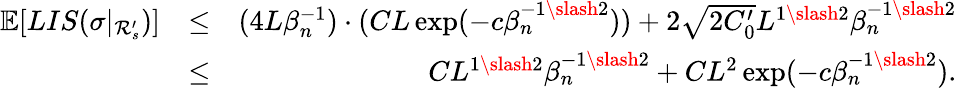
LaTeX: \begin{array}{rlr}{\mathbb{E}[LIS(\sigma|_{\mathcal{R}_{s}^{\prime}})]}&{\leq}&{(4L\beta_{n}^{-1})\cdot(CL\exp(-c\beta_{n}^{-1\slash 2}))+2\sqrt{2C_{0}^{\prime}}L^{1\slash 2}\beta_{n}^{-1\slash 2}}\\ &{\leq}&{CL^{1\slash 2}\beta_{n}^{-1\slash 2}+CL^{2}\exp(-c\beta_{n}^{-1\slash 2}).}\end{array}